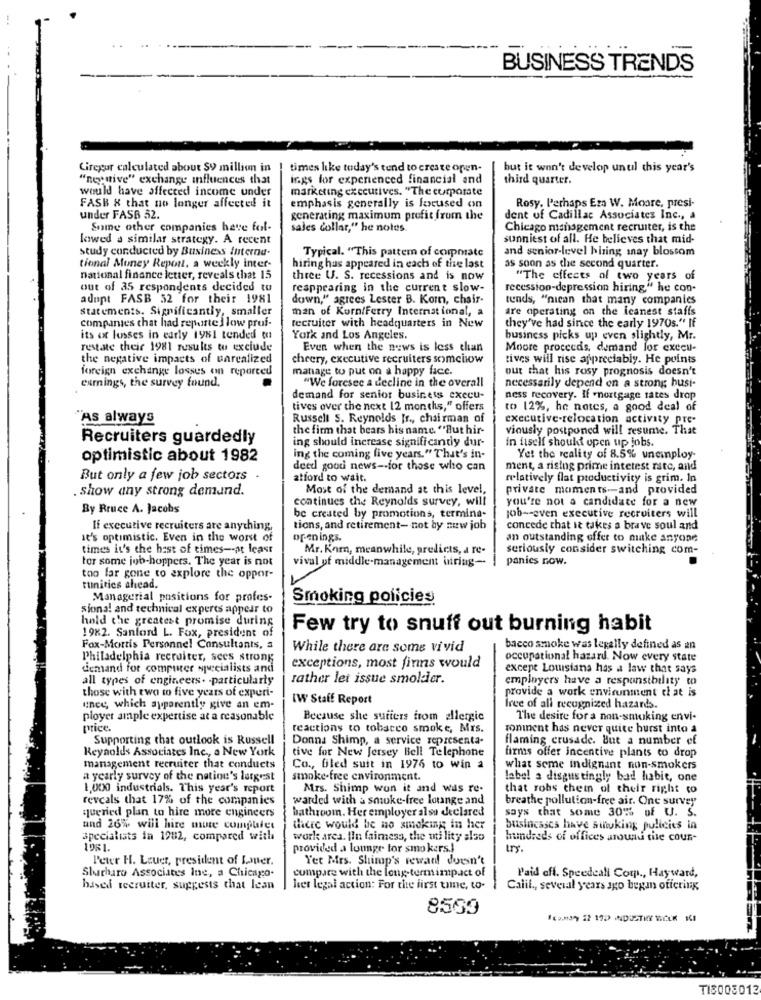
BUSINESS TRENDS
Giregur calculated about SV million in | times like today's tend to create open-
but it won't develop unul this year's
"negative" exchange influences that
ings for expenenced financial and
third quarter.
would have affected income under
marketing executives. "The corporate
emphasis generally is focused on
FASB & that no longer affected it
Rosy. Perhaps Eza W. Moore, presi-
under FASB 32.
generating maximum profit from the
dent of Cadillac Associates Inc ., a
Some other companies have fol-
sales dollar," he notes
Chicago management recruiter, is the
lowed a similar strategy. A recent
sunniest of all. He believes that mid-
study conducted by Business interna-
and senior-level hiring mnay blossom
Typical. "This pattem of compmate
tional Money Report, a weekly inter-
hiring has appeared in each of the last
as soon as the second quarter.
national finance letter, reveals that 15
three U. S. recessions and is now
"The effects of two years of
out of 35 respondents decided to
reappearing in the current slow-
recession-depression hiring," he con-
adopt FASB 32 for their 1981
down," agrees Lester B. Kom, chair-
tends, "nican that many companies
Statements. Significantly, smaller
man of Korn/Ferry International, a
are operating on the icanest staffs
companies that had reparte] low prui-
recruiter with headquarters in New
they've had since the early 1970s." If
its ox losses in early 1981 tended to
York and Los Angeles.
business picks up even slightly, Mr.
restate their 1981 results to exclude
Even when the news is less than
Moore proceeds, demand for execu-
the negative impacts of uarealized
cheery, executive recruiters somehow
tives will rise appreciably. He points
foreign exchange losses enn reported
manage to put on a happy face.
out that his rosy prognosis doesn't
earnings, the survey found.
"We foresee a decline in the overall
necessarily depend on a strong husi-
demand for senior business execu-
ness recovery. If -mortgage rates drop
tives over the next 12 months," offers
to 12%, he nates, a good deal of
"AS always
Russell S. Reynolds Jr ., chairman of
executive-relocation activity pre-
the firm that bears his name "But hir-
viously postponed will resume. That
Recruiters guardedly
ing should increase significantly dur-
in itself should open up jobs.
optimistic about 1982
ing the coming five years." That's in-
Yet the reality of 8.5% uneinploy-
deed good news -- for those who can
ment, a rising prime interest rate, and
But only a few job sectors
afford to wait.
relatively flat productivity is grim. In
. Show any strong demand.
Most of the demand at this level,
private moments -- and provided
continues the Reynolds survey, will
you're not a candidate for a new
By Bruce A. Jacobs
be created by promotions, termina-
job -- even executive recruiters will
If executive recruiters are anything,
tions, and retirement- not by new job
concede that it takes a brave soul and
It's optimistic. Even in the worst of
openings.
an outstanding offer to make anyone
times it's the best of times -- at least
Mr. Korn, meanwhile, predicts, a re-
seriously consider switching com-
for some job-hoppers. The year is not
vival of middle-management inring-
panics now.
too far gone to explore the oppor-
tunities ahead.
Managerial positions for profes-
Smoking policies
siona! and technical experts appear to
hold the greatest promise during
1982. Sanford L. Fox, president of
Few try to snuff out burning habit
Fox-Mortis Personnel Consultants, a
While there are some vivid
bacco smoke was legally defined as an
Philadelphia recruiter, sees strong
occupational hazard. Now every state
demand for computer specialists and
exceptions, most firms would
except Louisiana has a law that says
all types of engineers. - particularly
rather let issue smolder.
employers have a responsibility to
those with two to five years of experi-
provide a work environment that is
IW Staff Report
unec, which apparently give an em-
free of all recognized hazards.
ployer ample expertise at a reasonable
Because she sutiers from allergic
The desire for a non-smoking envi-
price.
reactions to tobacco smoke, Mrs.
sonnent has never quite burst into a
Supporting that outlook is Russell
Donna Shimp, a service representa-
flaming crusade. But a number ef
Reynolds Associates Inc ., a New York
tive for New Jersey Bell Telephone
firms offer incentive plants to drop
management recruiter that conducts
Co ., filed suit in 1976 to win a
what some indignant non-smokers
a yearly survey of the nation's largest
smoke-free environment.
label a disgustingly bad habit, one
1,000 industrials. This year's report
Mrs. Shimp won it and was re-
that robs them of their right co
reveals that 17% of the companies
warded with a smoke-free lounge and
breathe pollution-free air. One survey
queried plan to hire more engineers
bathroom. Her employer also declared
says that some 30% of U. S.
und 26% will hire mure compulet
there would be no smoking in her
busincases have sinking policies in
specialists in 1982, compared with
work area. fin fairness, the mi lity also
hundreds of offices around tile cour-
provided a lounge for smokers .!
try.
Peter H. Louer, president of Louer.
Yer Mrs. Shimp's reward doesn't
Slurharo Associates Inc, a Chicago.
compare with the long-termimpact of
Paid off. Speedcall Com ., Hayward,
hased recruiter, suggests that Ican
hver legal action: For the first time, to-
Calil ., several years ago began offering
8569
TIS003012